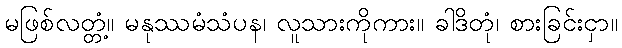
မဖြစ်လတ္တံ့။ မနုဿမံသံပန၊ လူသားကိုကား။ ခါဒိတုံ၊ စားခြင်းငှာ။